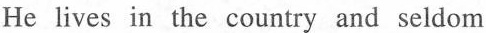
He lives in the country and seldom